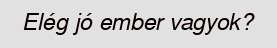
Elég jó ember vagyok?